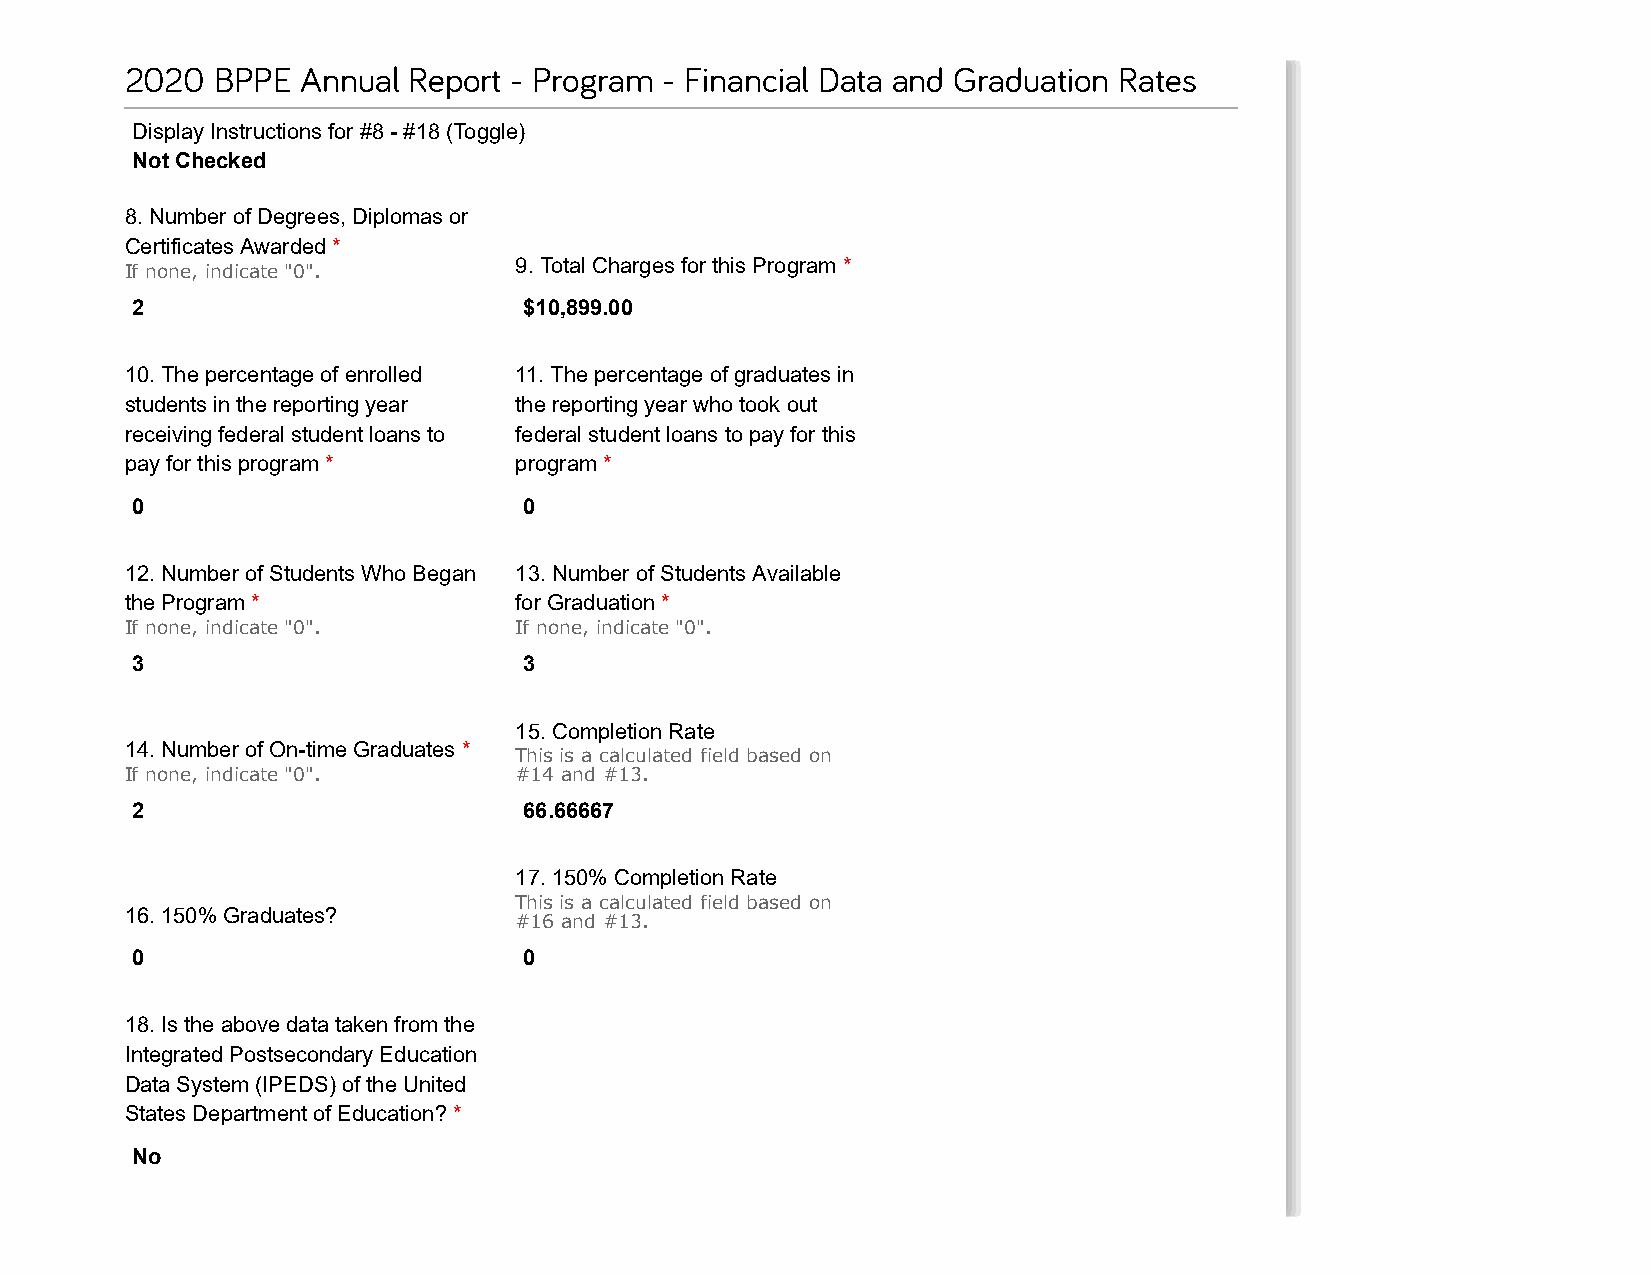
2020  BPPE  Annual Report - Program - Financial Data and Graduation Rates
 Display Instructions for #8 - #18 (Toggle)
 Not Checked
 8. Number of Degrees, Diplomas or
 Certificates Awarded *
 9. Total Charges for this Program *
 If none, indicate "0".
 2                         $10,899.00
 10. The percentage of enrolled 11. The percentage of graduates in
 students in the reporting year the reporting year who took out
 receiving federal student loans to federal student loans to pay for this
 pay for this program *    program *
 0                         0
 12. Number of Students Who Began 13. Number of Students Available
 the Program *             for Graduation *
 If none, indicate "0".    If none, indicate "0".
 3                         3
 15. Completion Rate
 14. Number of On-time Graduates *
 This is a calculated field based on
 If none, indicate "0".    #14 and #13.
 2                         66.66667
 17. 150% Completion Rate
 This is a calculated field based on
 16. 150% Graduates?
 #16 and #13.
 0                         0
 18. Is the above data taken from the
 Integrated Postsecondary Education
 Data System (IPEDS) of the United
 States Department of Education? *
 No